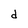
Character: d